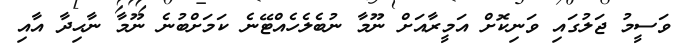
ވަސީމު ޖަލުގައި ވަނިކޮށް އަމީރާއަށް ނޫމާ ނުބެލެހެއްޓޭނެ ކަމަށްބުނެ ނޫމާ ނާޙިދާ އާއި